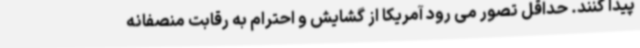
پیدا کنند. حداقل تصور می رود آمریکا از گشایش و احترام به رقابت منصفانه